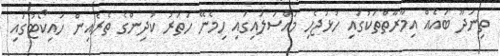
ތިނަދޫ ބައެއް އިމާރާތްތަކުގައި ހުޅުޖެހި މައްސަލައިގައި ހިމެނޭ ހަތަރު ކުދިންގެ ތެރެއިން ހައިކޯޓުގައި